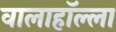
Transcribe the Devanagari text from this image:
वालाहाॅल्ला